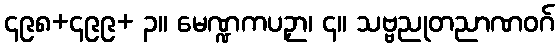
၄၉၈+၄၉၉+ ၃။ မေဏ္ဍကပဉှာ၊ ၄။ သဗ္ဗညုတညာဏဝဂ်